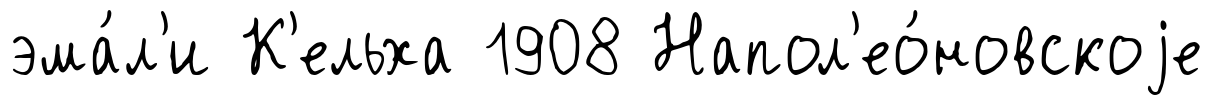
эма́л'и К'ельха 1908 Напол'ео́новскоjе